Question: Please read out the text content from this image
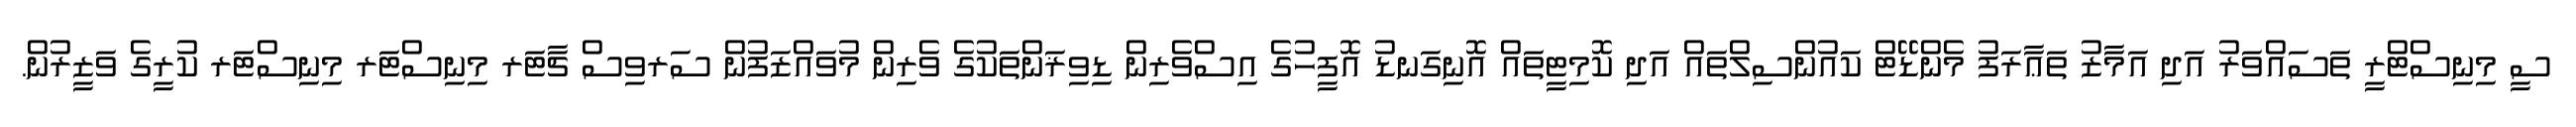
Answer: ސީ މިނިސްޓްރީ ތަސައްވަރު އަދި އަމާޒު ތަޢާރަފު މެންޑޭޓް ކައުންސިލްތައް އަދި ކޮމިޓީތައް އޮނިގަނޑު އޮފީހުގެ އިސްވެރިން ޑިވިޜަންތަކުގެ ވެރިން މުވައްޒަފުން ސަރވިސް ޗާޓަރ މިނިސްޓަރ މިނިސްޓަރ ކުރީގެ ވަޒީރުން.